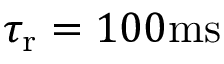
{ \tau _ { \mathrm { r } } } = 1 0 0 \mathrm { m s }